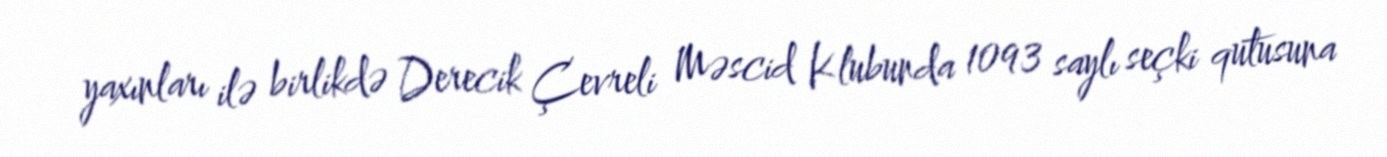
yaxınları ilə birlikdə Derecik Çevreli Məscid Klubunda 1093 saylı seçki qutusuna